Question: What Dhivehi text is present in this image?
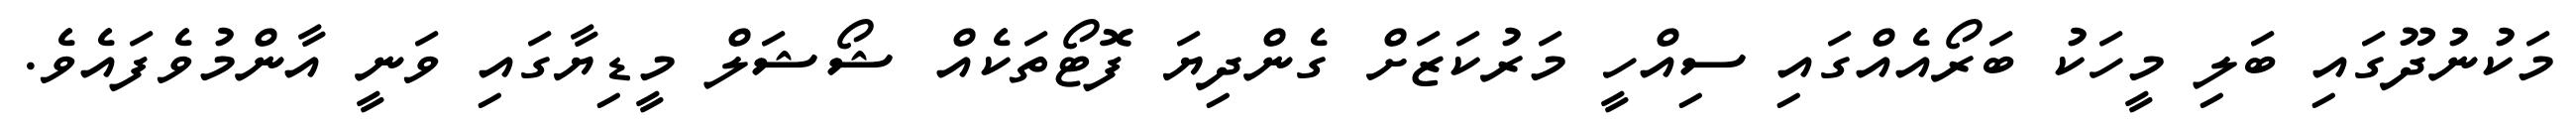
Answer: މަކުނުދޫގައި ބަލި މީހަކު ބަރޯއެއްގައި ސިއްހީ މަރުކަޒަށް ގެންދިޔަ ފޮޓޯތަކެއް ޝޯޝަލް މީޑިޔާގައި ވަނީ އާންމުވެފައެވެ.